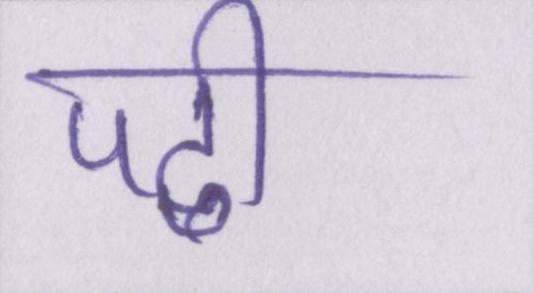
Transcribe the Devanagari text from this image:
पढी